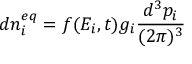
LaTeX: d n _ { i } ^ { e q } = f ( E _ { i } , t ) g _ { i } { \frac { d ^ { 3 } p _ { i } } { ( 2 \pi ) ^ { 3 } } }